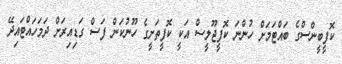
ކޮފީބީންސްގެ ބައްޓަމަށް ހުންނަ ކޮފީޖޫލީސް އަކީ ކޮފީތަށީގެ ހޫނުކަން ފަސް ގަޑިއިރަށް ދަމަހައްޓައިދޭ